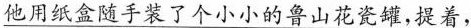
\underline{他用纸盒随手装了个小小的鲁山花瓷罐,提着，}